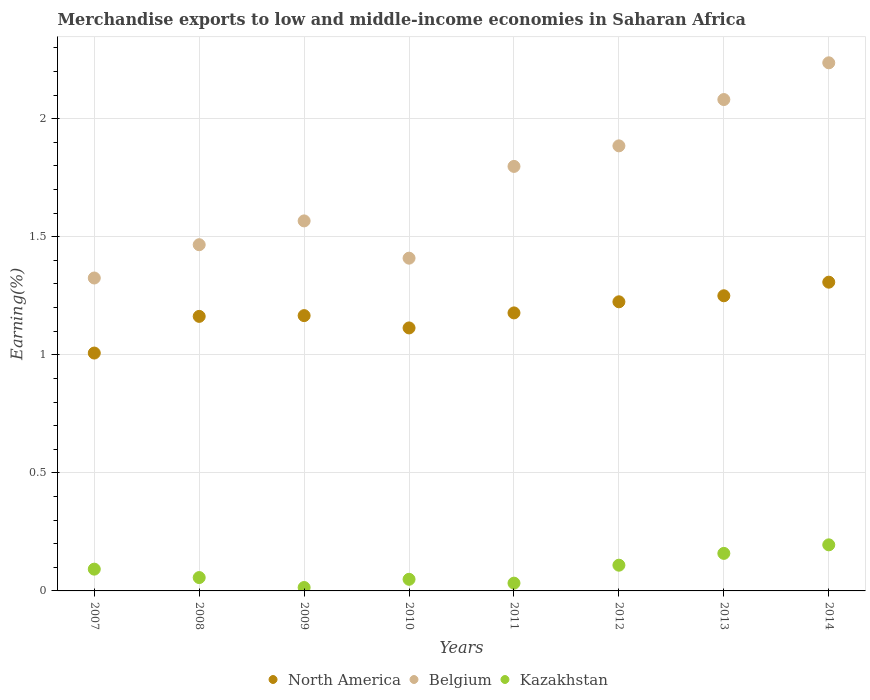
| Years | North America | Belgium | Kazakhstan |
 | --- | --- | --- | --- |
 | 2007 | 1.01 | 1.33 | 0.0922 |
 | 2008 | 1.16 | 1.47 | 0.0565 |
 | 2009 | 1.17 | 1.57 | 0.0144 |
 | 2010 | 1.11 | 1.41 | 0.0492 |
 | 2011 | 1.18 | 1.8 | 0.0329 |
 | 2012 | 1.22 | 1.89 | 0.109 |
 | 2013 | 1.25 | 2.08 | 0.159 |
 | 2014 | 1.31 | 2.24 | 0.195 |